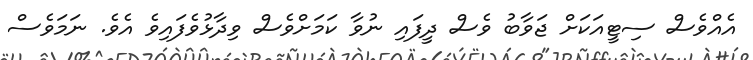
އެއްވެސް ސިޓީއަކަށް ޖަވާބު ވެސް ދީފައި ނުވާ ކަމަށްވެސް ވިދާޅުވެފައިވެ އެވެ. ނަމަވެސް